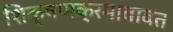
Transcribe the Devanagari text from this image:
शिक्षणक्रमाबाबत